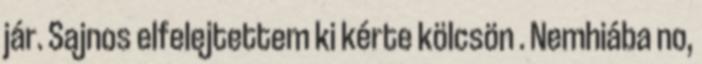
jár. Sajnos elfelejtettem ki kérte kölcsön . Nemhiába no,